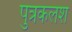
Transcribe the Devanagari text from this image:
पुत्रकलश